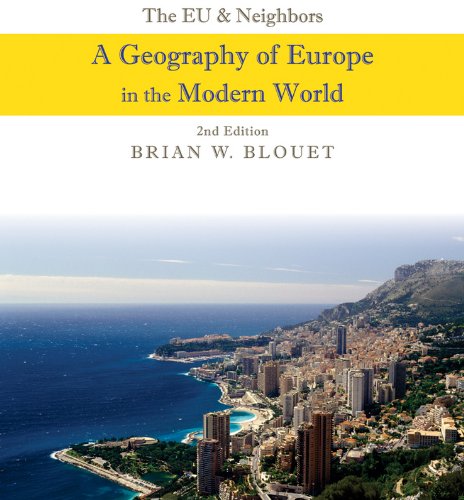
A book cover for The EU and Neighbors: A Geography of Europe in the Modern World; Brian W. Blouet; Politics & Social Sciences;